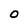
Character: O